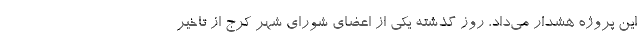
این پروژه هشدار می‌داد، روز گذشته یکی از اعضای شورای شهر کرج از تاخیر